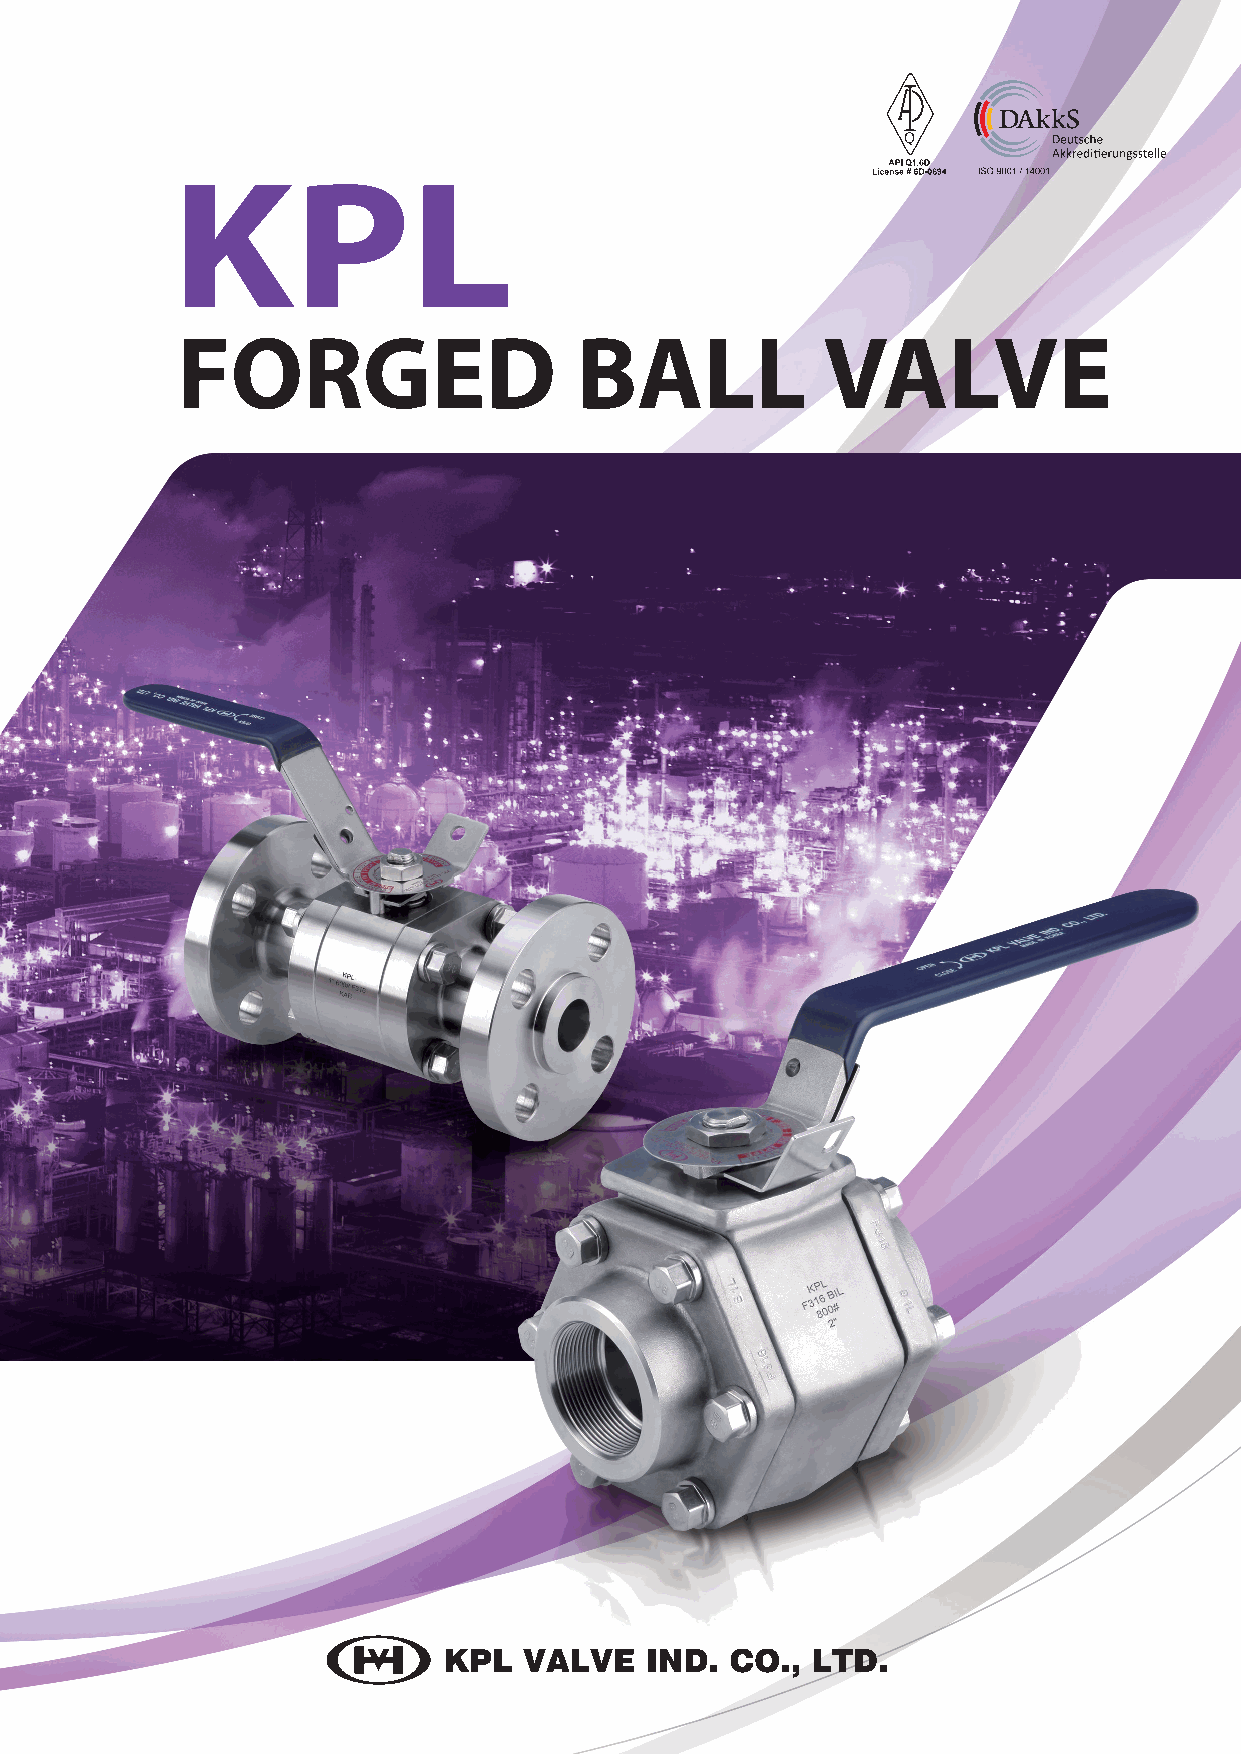
KPL
 FORGED                    BALL            VALVE